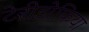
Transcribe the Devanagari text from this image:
टेरीडोफिया